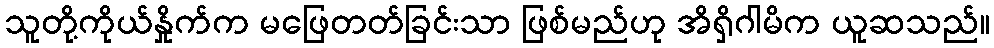
သူတို့ကိုယ်နှိုက်က မဖြေတတ်ခြင်းသာ ဖြစ်မည်ဟု အိရှိဂါမိက ယူဆသည်။